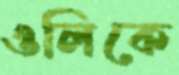
ওলিকে